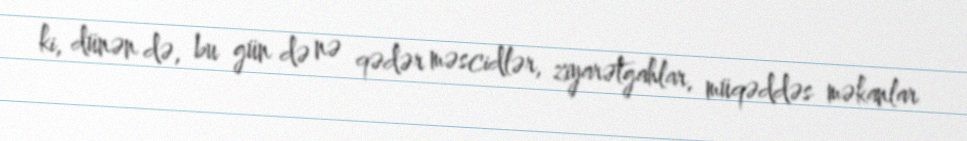
ki, dünən də, bu gün də nə qədər məscidlər, ziyarətgahlar, müqəddəs məkanlar